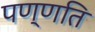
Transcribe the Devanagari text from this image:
पण्णति